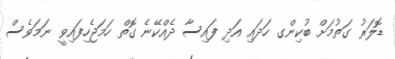
ޑޮލަރު ގަތުމަށް ބުކިންގ ހަދައި އަދި ފައިސާ ދެއްކޭނެ ގޮތް ހަމަޖެހިފައިވީ ނަމަވެސް